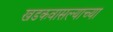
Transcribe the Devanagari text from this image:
खडकवासल्याच्या